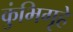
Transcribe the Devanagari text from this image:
कुंभिगृहे